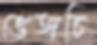
ভেঙ্গচি